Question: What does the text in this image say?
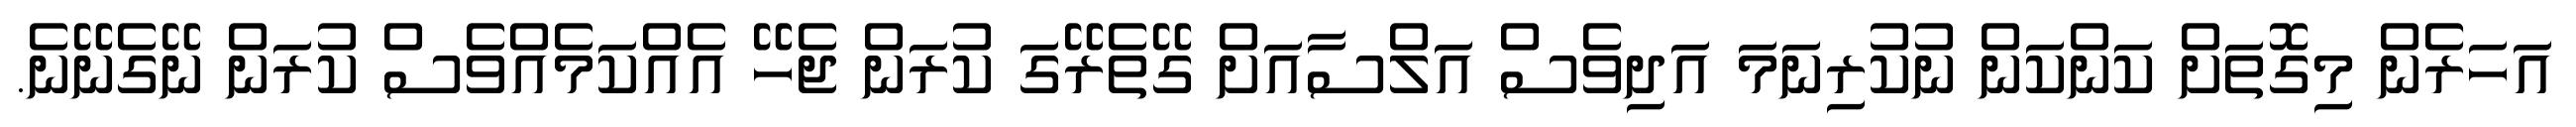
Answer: އަހަރެން މިގޮތަށް ކަންކަން ނުކުރިނަމަ އަދިވެސް އަލްސާއަށް ގޭތެރޭގަ ކުރަން ޖެހޭ އެއްކަމެއްވެސް ކުރަން ނޭގެނޭނެ.